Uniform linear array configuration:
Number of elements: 4
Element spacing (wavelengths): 1
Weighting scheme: kaiser
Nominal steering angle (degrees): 45
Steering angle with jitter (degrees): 45.44
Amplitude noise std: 0.05
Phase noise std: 0.05

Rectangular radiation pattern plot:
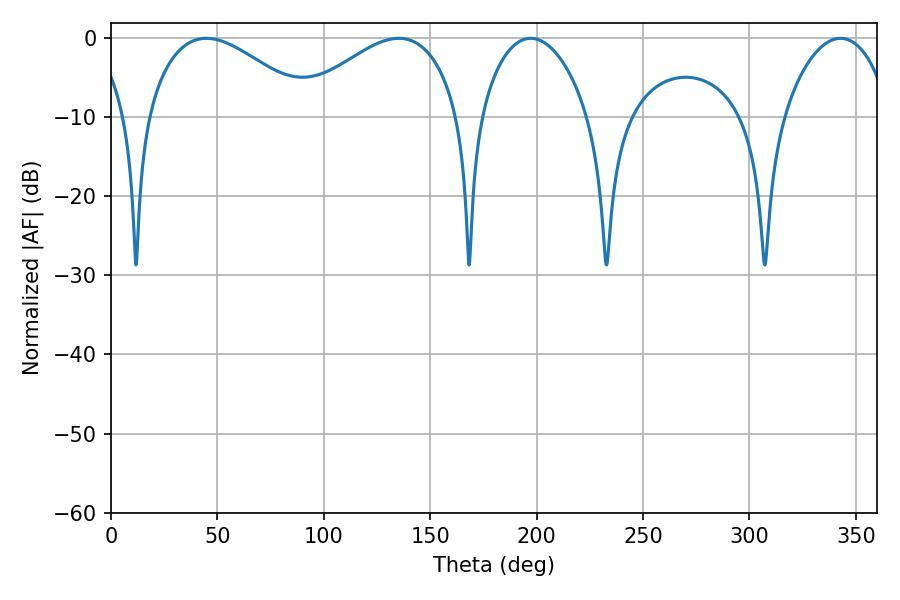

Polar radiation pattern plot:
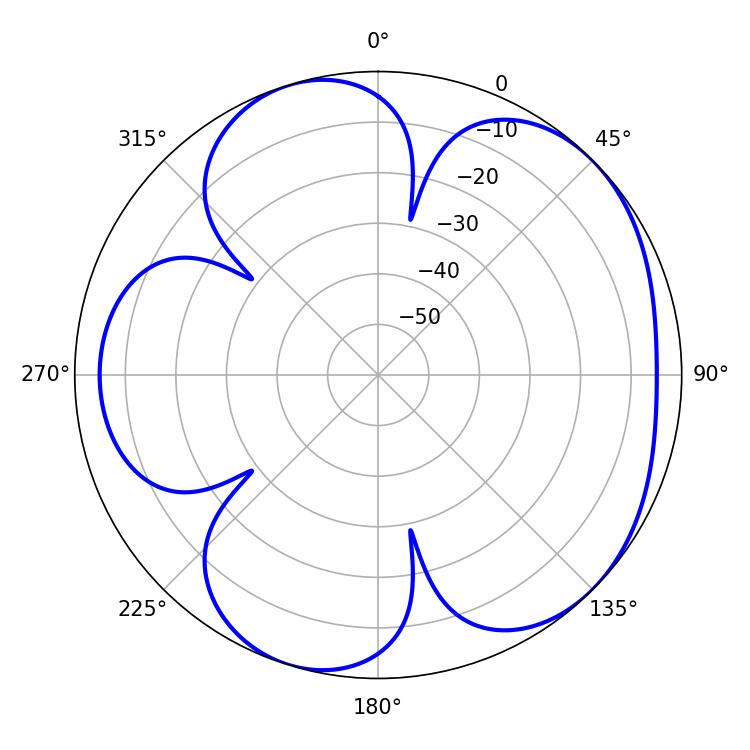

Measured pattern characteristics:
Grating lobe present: TRUE
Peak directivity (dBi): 5.028
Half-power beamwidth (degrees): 42.3
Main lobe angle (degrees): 44.82